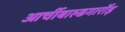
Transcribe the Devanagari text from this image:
आर्चीबाल्डगार्रोड़